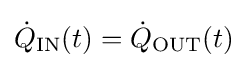
{\dot {Q}}_{\rm {IN}}(t)={\dot {Q}}_{\rm {OUT}}(t)